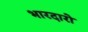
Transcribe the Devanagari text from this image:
भारदारो